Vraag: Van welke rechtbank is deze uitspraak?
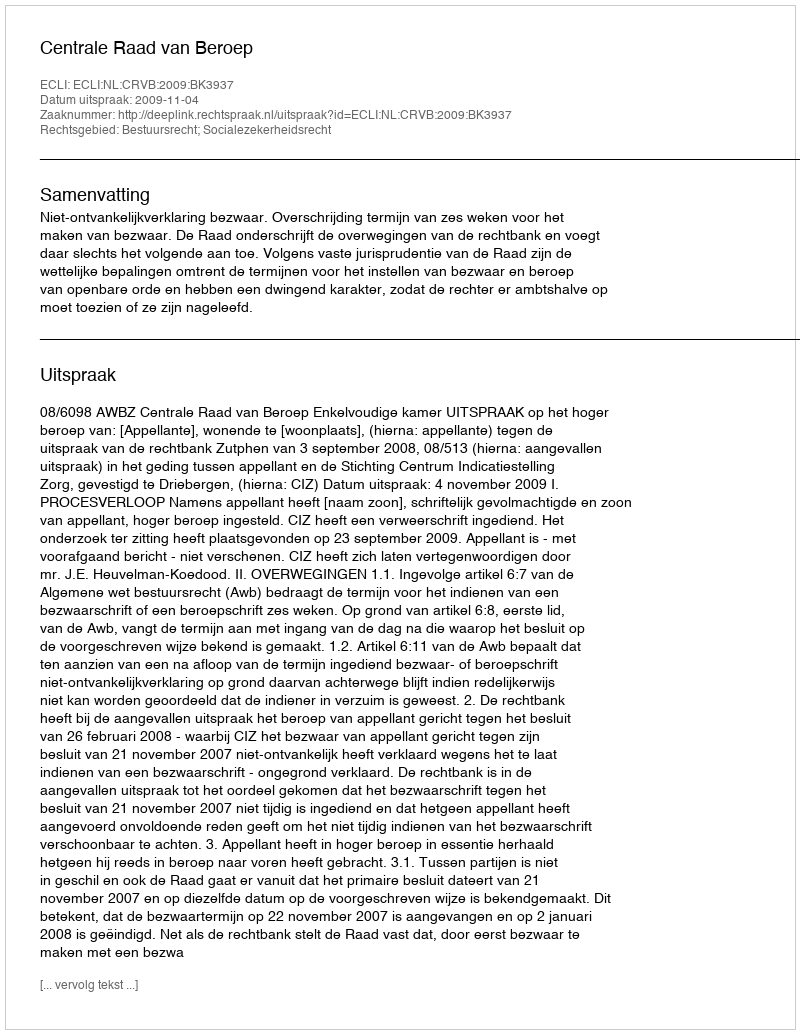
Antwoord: Centrale Raad van Beroep